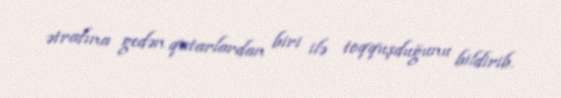
ətrafına gedən qatarlardan biri ilə toqquşduğunu bildirib.